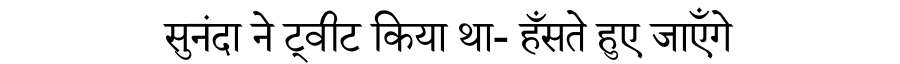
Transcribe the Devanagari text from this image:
सुनंदा ने ट्वीट किया था- हँसते हुए जाएँगे